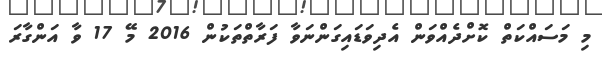
މި މަސައްކަތް ކޮށްދެއްވަން އެދިވަޑައިގަންނަވާ ފަރާތްތަކުން 2016 މޭ 17 ވާ އަންގާރަ